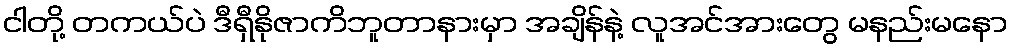
ငါတို့ တကယ်ပဲ ဒီရှီနိုဇာကိဘူတာနားမှာ အချိန်နဲ့ လူအင်အားတွေ မနည်းမနော